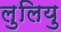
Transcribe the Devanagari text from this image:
लुलियु